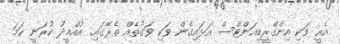
އެއީ ވަކި އިންގްރީޑިއަންޓްސް އަޅައިގެން ވަކި ވަގުތެއް ތެރޭގައި. އުއްމީދު ކުރަނީ ހަމަ